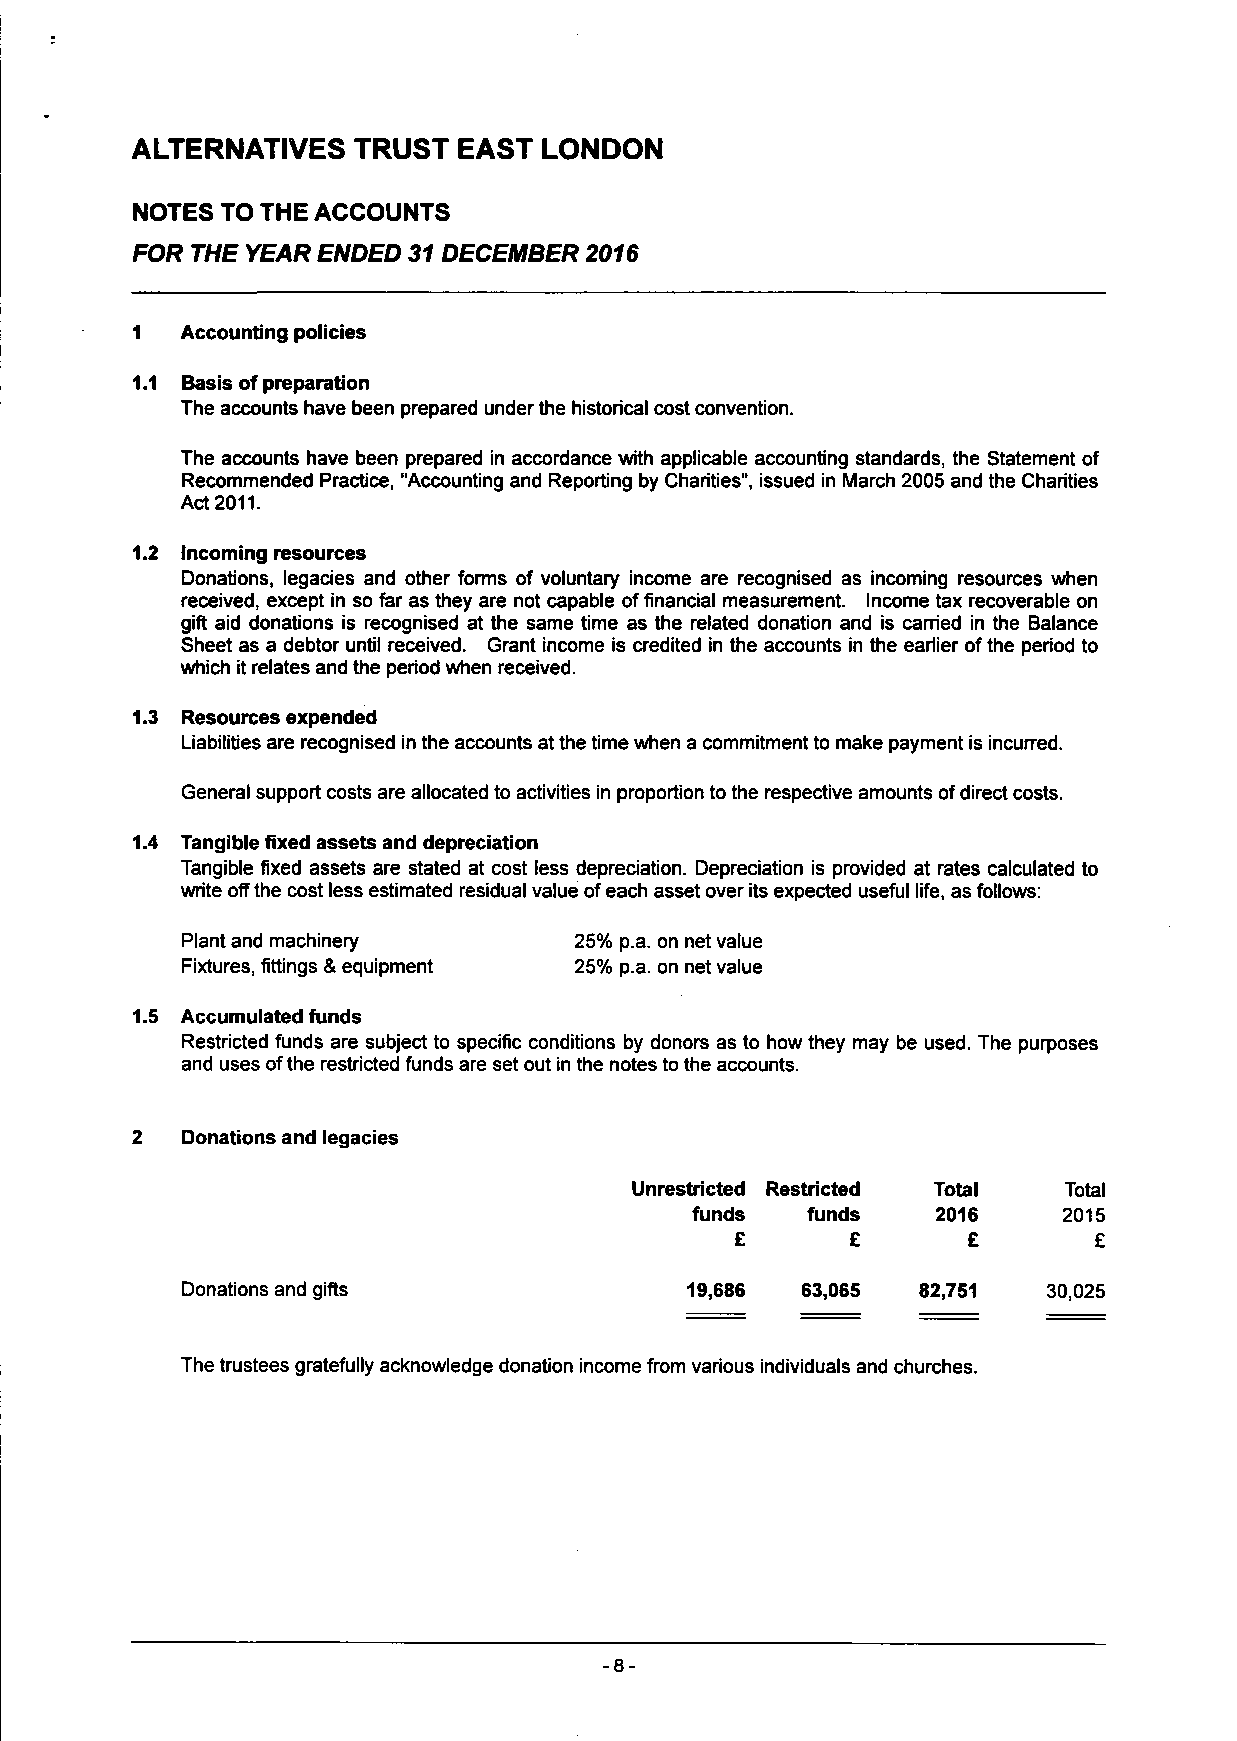
ALTERNATIVES  TRUST  EAST  LONDON
 NOTES TO THE ACCOUNTS
 FOR THE YEAR ENDED 31 DECEMBER 2016
 1  Accounting policies
 1.1 Basis of preparation
 The accounts have been prepared under the historical cost convention.
 The accounts have been prepared in accordance with applicable accounting standards, the Statement of
 Recommended Practice, "Accounting and Reporting by Charities", issued in March 2005 and the Charities
 Act 2011.
 1.2 Incoming resources
 Donations, legacies and other forms of voluntary income are recognised as incoming resources when
 received, except in so far as they are not capable of financial measurement. Income tax recoverable on
 gift aid donations is recognised at the same time as the related donation and is earned in the Balance
 Sheet as a debtor until received. Grant income is credited in the accounts in the earlier of the period to
 which it relates and the period when received.
 1.3 Resources expended
 Liabilities are recognised in the accounts at the time when a commitment to make payment is incurred.
 General support costs are allocated to activities in proportion to the respective amounts of direct costs.
 1.4 Tangible fixed assets and depreciation
 Tangible fixed assets are stated at cost less depreciation. Depreciation is provided at rates calculated to
 write off the cost less estimated residual value of each asset over its expected useful life, as follows:
 Plant and machinery       25% p.a. on net value
 Fixtures, fittings & equipment 25% p.a. on net value
 1.5 Accumulated funds
 Restricted funds are subject to specific conditions by donors as to how they may be used. The purposes
 and uses of the restricted funds are set out in the notes to the accounts.
 2  Donations and legacies
 Unrestricted Restricted Total Total
 funds  funds    2016    2015
 £      £       £       £
 Donations and gifts              19,686  63,065  82,751  30,025
 The trustees gratefully acknowledge donation income from various individuals and churches.
 -8-